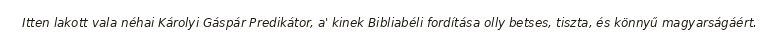
Itten lakott vala néhai Károlyi Gáspár Predikátor, a' kinek Bibliabéli fordítása olly betses, tiszta, és könnyű magyarságáért.